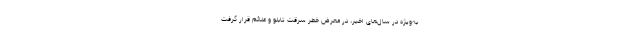
به‌ویژه در سال‌های اخیر، در معرض خطر سرقت تابلو و علائم قرار گرفت